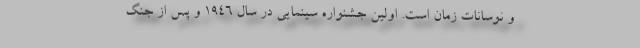
و نوسانات زمان است. اولین جشنواره سینمایی در سال 1946 و پس از جنگ